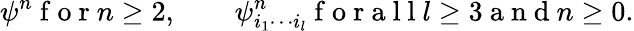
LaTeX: \psi^{n}\mathrm{~f~o~r~}n\geq 2,\qquad\psi_{i_{1}\cdots i_{l}}^{n}\mathrm{~f~o~r~a~l~l~}l\geq 3\mathrm{~a~n~d~}n\geq 0.